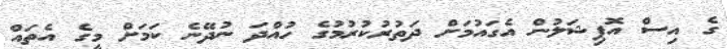
ގެ އިސް އޮފިޝަލުން އެގައުމަށް ދަތުރުކުރުމުގެ ހުއްދަ ނުދޭނެ ކަމަށް މީގެ އެތައް